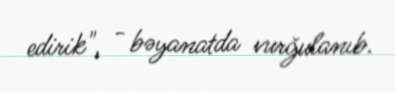
edirik", - bəyanatda vurğulanıb.